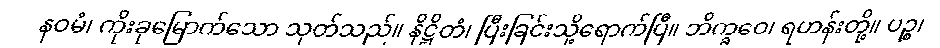
နဝမံ၊ ကိုးခုမြောက်သော သုတ်သည်။ နိဋ္ဌိတံ၊ ပြီးခြင်းသို့ရောက်ပြီ။ ဘိက္ခဝေ၊ ရဟန်းတို့။ ပဉ္စ၊